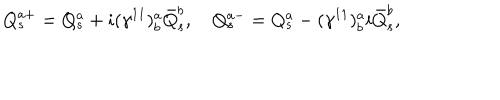
LaTeX: Q _ { s } ^ { a + } = Q _ { s } ^ { a } + i ( \gamma ^ { 1 1 } ) _ { b } ^ { a } \bar { Q } _ { s } ^ { b } , \quad Q _ { s } ^ { a - } = Q _ { s } ^ { a } - ( \gamma ^ { 1 1 } ) _ { b } ^ { a } i \bar { Q } _ { s } ^ { b } ,